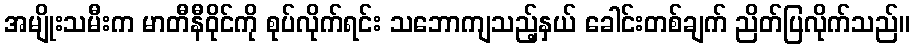
အမျိုးသမီးက မာတီနီဝိုင်ကို စုပ်လိုက်ရင်း သဘောကျသည့်နှယ် ခေါင်းတစ်ချက် ညိတ်ပြလိုက်သည်။